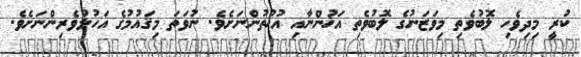
ކުރީ މިދިވެހި ލޮބުވެތި މިވަޒަނުގެ ލޮބުވެތި އަޚުންނާއި އުޚުތުންނަށެވެ. ނުވަތަ މިޤައުމުގެ އަހުލުވެރިންނަށެވެ.